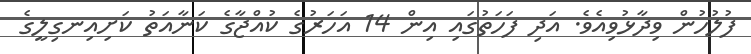
ފުލުހުން ވިދާޅުވިއެވެ. އަދި ފަހަތުގައި އިން 14 އަހަރުގެ ކުއްޖާގެ ކަނާއަތު ކަށިއިނގިލީގެ